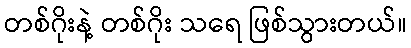
တစ်ဂိုးနဲ့ တစ်ဂိုး သရေ ဖြစ်သွားတယ်။